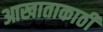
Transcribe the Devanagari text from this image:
आखाताकाठी